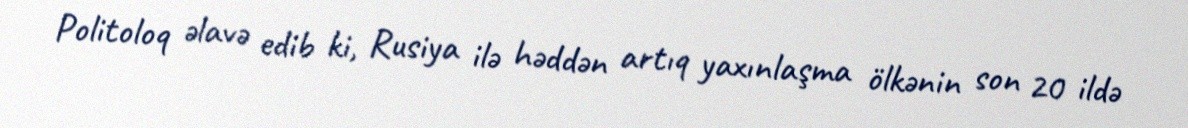
Politoloq əlavə edib ki, Rusiya ilə həddən artıq yaxınlaşma ölkənin son 20 ildə